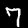
Label: 7